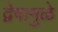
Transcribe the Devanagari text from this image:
द्वेषामुळे